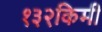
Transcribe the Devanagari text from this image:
१३२किमी